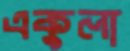
একুলা